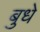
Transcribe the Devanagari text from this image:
बुधे